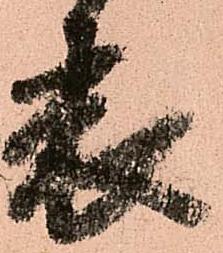
表